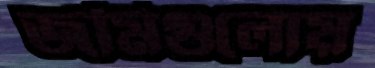
জমিগুলোয়